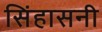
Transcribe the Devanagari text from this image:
सिंहासनी